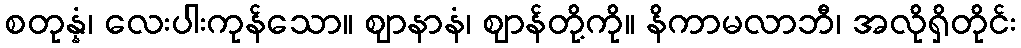
စတုန္နံ၊ လေးပါးကုန်သော။ ဈာနာနံ၊ ဈာန်တို့ကို။ နိကာမလာဘီ၊ အလိုရှိတိုင်း